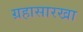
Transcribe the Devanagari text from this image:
ग्रहासारखा